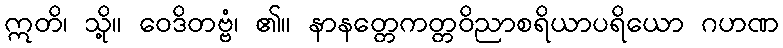
ဣတိ၊ သို့။ ဝေဒိတဗ္ဗံ၊ ၏။ နာနတ္တေကတ္တဝိညာစရိယာပရိယော ဂဟဏ